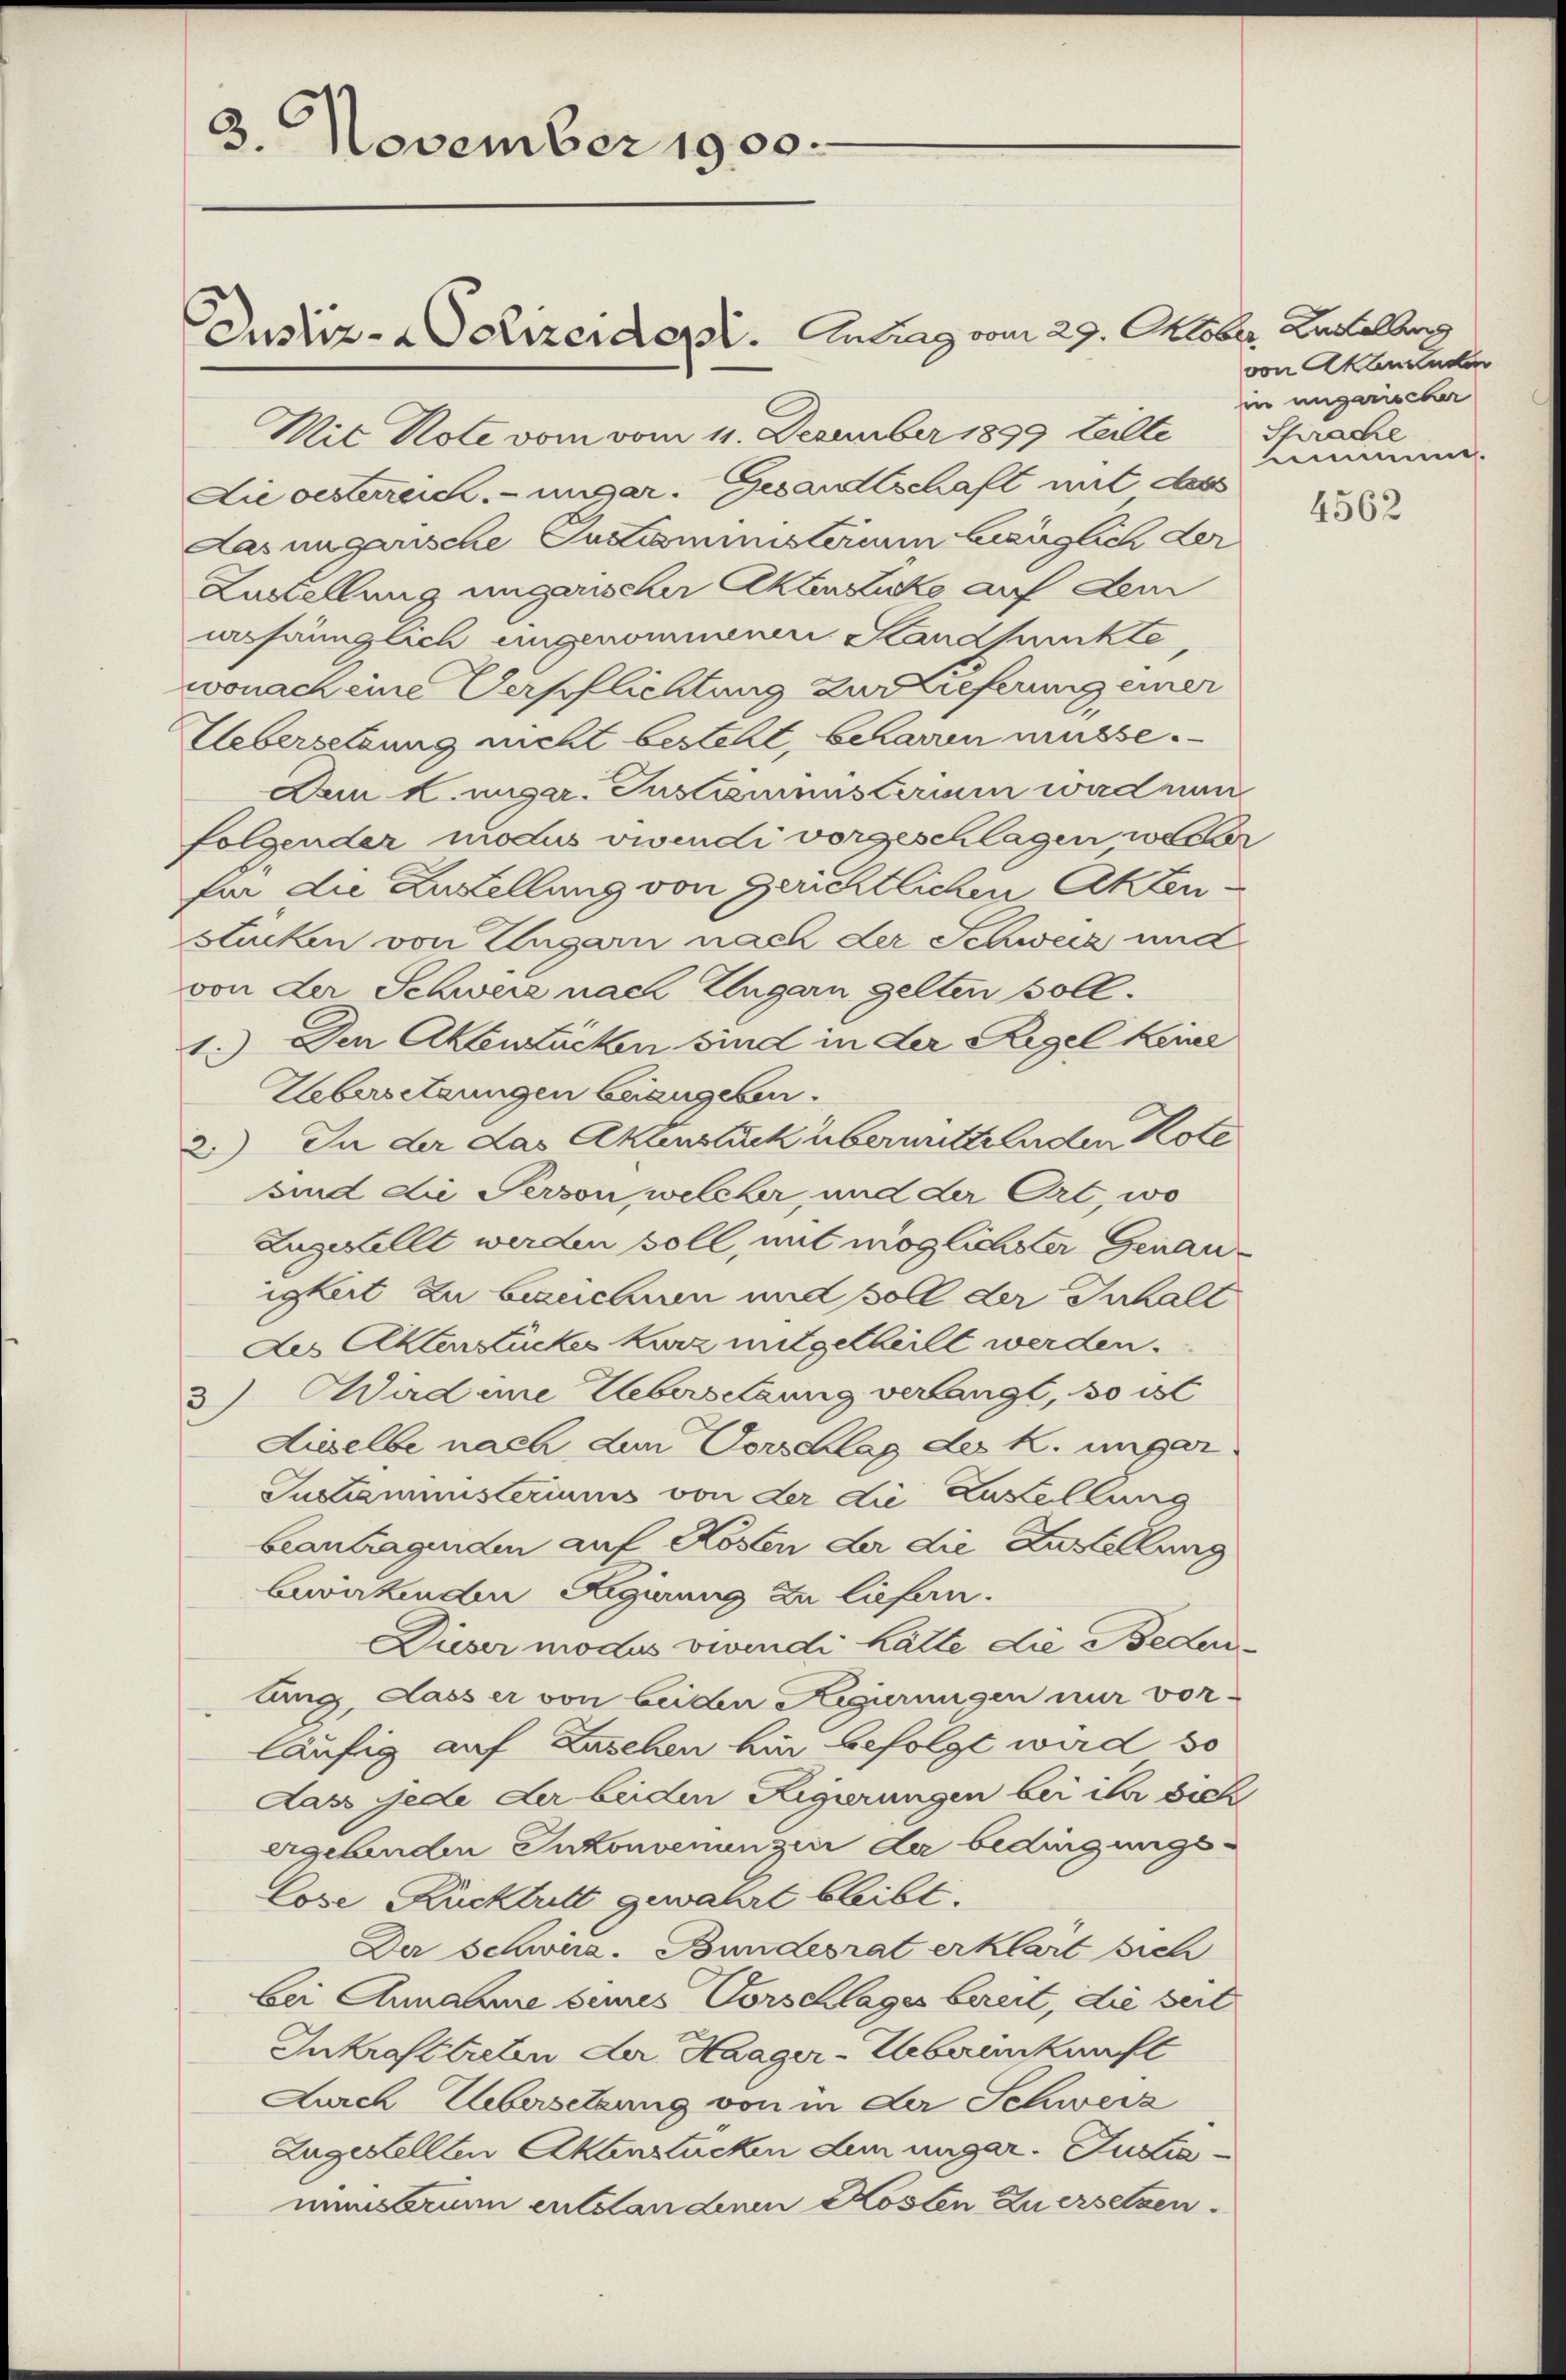
3. November 1900.

Mit Note vom vom 11. Dezember 1899 teilte
Lie oesterreich-ungar. Gesandtschaft mit des
das ungarische Justizministerum länglich der
Lustellung ungarischer Aktenzucke auf dem
unsämiglich ungenommenen Standpunkte,
wonach eine Verpflichtung zur referung einer
Uebersetzung nicht besteht, beharren müsse.
Dem Hunger. Instamensterium wird nun
folgender modus vivendi vorgeschlagen weller
für die Zustellung von gerichtlichen Aktenstücken von Ungarn nach der Schweiz und
von der Schwere nach Ungarn gelten soll.
1.) Der Aktenzucken sind in der Regel keine
Uebersetzungen beangeben.
2.) In der das Aktenstück übermuth Enden Kole
sind die Person welcher, und der Ort, wo
Zugestellt werden soll, mit möglicher Genauigkeit zu bezeichnen und soll der Inhall
Des Aktenstückes kurz mitgetheilt werden.
3) Wird eine Uebersetzung verlangt, so ist
Ausselbe nach dem Vorschlag des k. ungar
Justizministeriums von der die Zustellung
beantragenden auf Kosten der die Zustellung
bewirkenden Regierung zu liefern.
Dieser modus viendi hätte die Bedenlung, dass er von beiden Regierungen nur vor-
läufig auf Zusehen hier befolgt wird so
Dass jede der beiden Rigierungen bei ihr dies
ergebenden Inkonvenungen der bedingungs¬
Cose, Rücktritt gewahrt bleibt.
Der Schwird. Bundesrat erklärt sich
bei Annahme seines Vorschlages bereit, die seit
Inkrafttreten der Haager-Uebereinkunft
Durch Übersetzung von in der Schweiz
Zugestellten Aktenstücken dem ungar. Justianimsarum entstandenen Kosten Zu ersetzen.

Justiz- & Polizeidept. Antrag vom 29. Oktober Baselberg

von Akantenden
in ungarischer
Sprache
immen.

4562